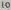
Text: 10